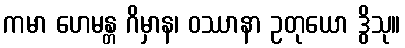
ကမာ ဟေမန္တ ဂိမှာန၊ ဝဿာနာ ဥတုယော ဒွိသု။